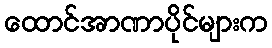
ထောင်အာဏာပိုင်များက